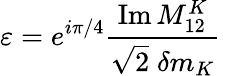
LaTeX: \varepsilon=e^{i\pi/4}\frac{\mathrm{Im}\, M_{12}^{K}}{\sqrt 2\; \delta m_{K}}\,